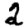
Digit: 2